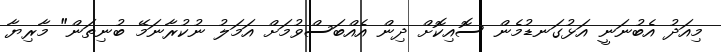
މިއަދު އެބުނަނީ އަޅުގަނޑުމެން ސޮއިކޮށް ދިން އެއްބަސްވުމަށް އަމަލު ނުކުރާނަމޭ ބުނިތަން" މާރިޔާ